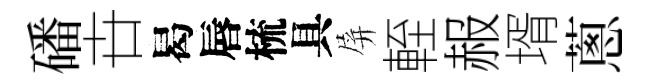
磻卋曷唇梳具屏輊赧壻蔥